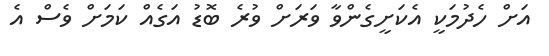
އަށް ހެދުމަކީ އެކަށީގެންވާ ވަރަށް ވުރެ ބޮޑު އަގެއް ކަމަށް ވެސް އެ